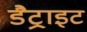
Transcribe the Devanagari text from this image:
डैट्राइट